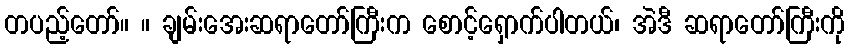
တပည့်တော်။ ။ ချမ်းအေးဆရာတော်ကြီးက စောင့်ရှောက်ပါတယ်၊ အဲဒီ ဆရာတော်ကြီးကို